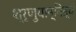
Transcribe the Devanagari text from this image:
श्रृणुयान्नित्यं